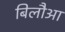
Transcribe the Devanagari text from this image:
बिलौआ